Annual statistical returns and brief notes on vaccination in Bengal - 1896-1909
Year: 1896
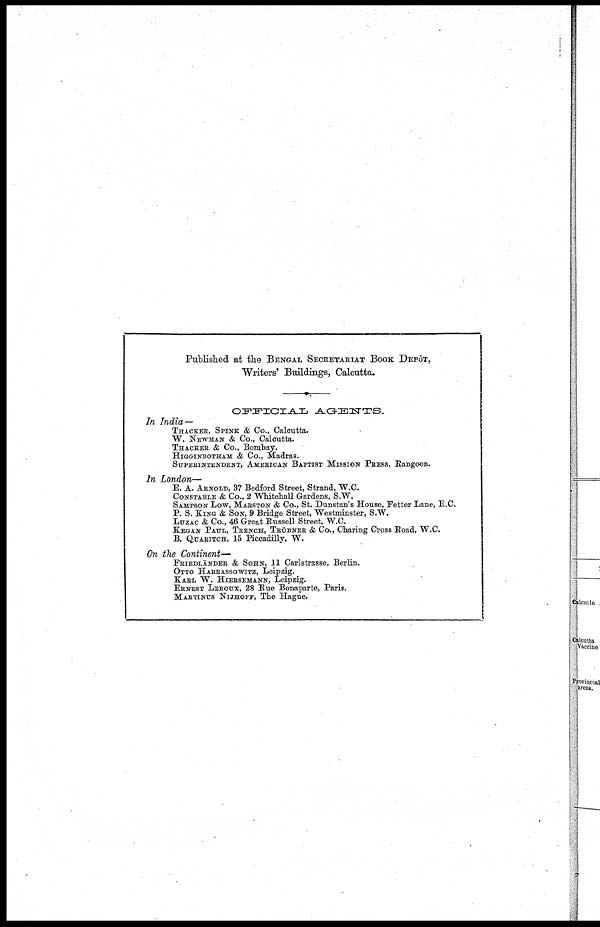
Published at the BENGAL SECRETARIAT BOOK DEPÔT,
Writers' Buildings, Calcutta.
OFFICIAL
AGENTS.
In India—
THACKER, SPINK & Co., Calcutta.
W. NEWMAN & Co., Calcutta.
THACKER & Co., Bombay.
HIGGINBOTHAM & Co., Madras.
SUPERINTENDENT, AMERICAN BAPTIST MISSION PRESS, Rangoon.
In London—
E. A. ARNOLD, 37 Bedford Street, Strand, W.C.
CONSTABLE & Co., 2 Whitehall Gardens, S.W.
SAMPSON LOW, MARSTON & Co., St. Dunstan's House, Fetter Lane, E.C.
P. S. KING & SON, 9 Bridge Street, Westminster, S.W.
LUZAC & Co., 46 Great Russell Street, W.C.
KEGAN PAUL, TRENCH, TRÜBNER
& Co., Charing Cross Road, W.C.
B. QUARITCH, 15 Piccadilly, W.
On the Continent—
FRIEDLÄNDER & SOHN, 11 Carlstrasse, Berlin.
OTTO HARRASSOWITZ, Leipzig.
KARL W. HIERSEMANN, Leipzig.
ERNEST LEROUX, 28 Rue Bonaparte, Paris.
MARTINUS NIJHOFF, The Hague.